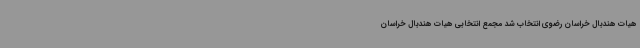
هیات هندبال خراسان رضوی انتخاب شد مجمع انتخابی هیات هندبال خراسان